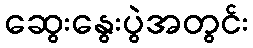
ဆွေးနွေးပွဲအတွင်း